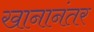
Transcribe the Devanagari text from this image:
खानानंतर